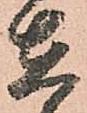
在